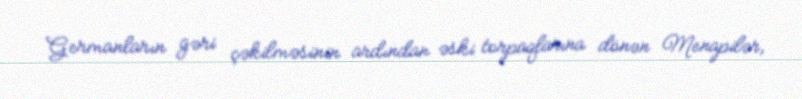
Germanların gəri çəkilməsinin ardından əski torpaqlarına dönən Menapilər,